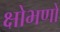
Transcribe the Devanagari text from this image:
क्षोभणो